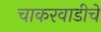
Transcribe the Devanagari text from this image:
चाकरवाडीचे